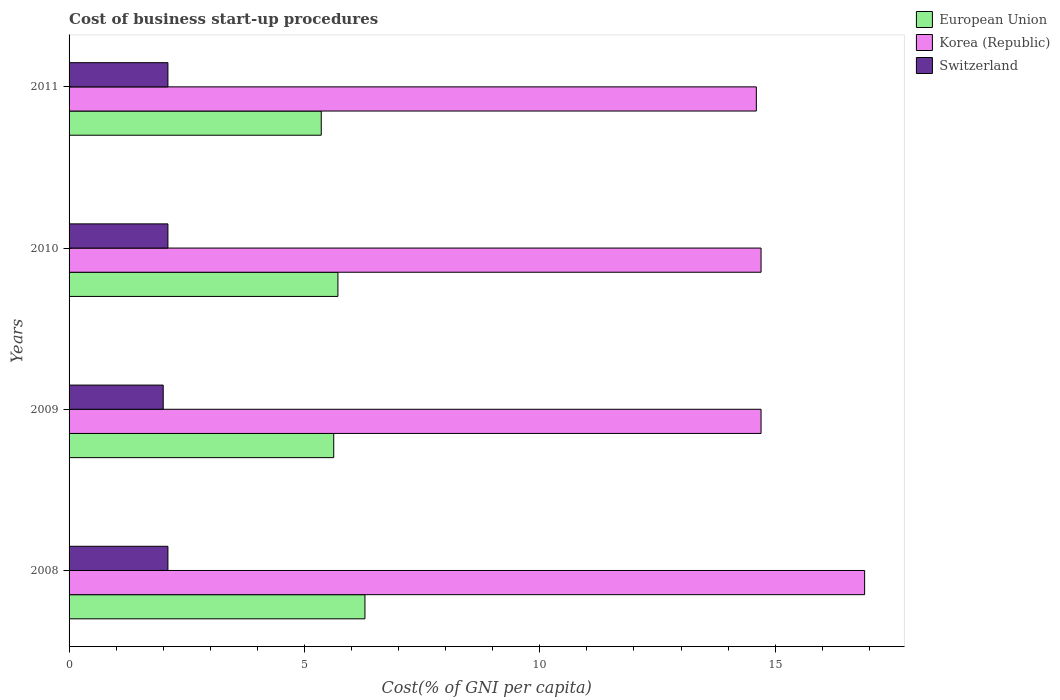
| Years | European Union | Korea (Republic) | Switzerland |
 | --- | --- | --- | --- |
 | 2008 | 6.29 | 16.9 | 2.1 |
 | 2009 | 5.62 | 14.7 | 2 |
 | 2010 | 5.71 | 14.7 | 2.1 |
 | 2011 | 5.36 | 14.6 | 2.1 |